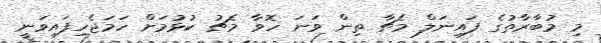
މި މުބާރާތުގެ ފައިނަލް މެޗާ ތިން ވަނަ ހޮވާ މެޗު ކުޅުމަށް ހަމަޖެހިފައިވަނީ